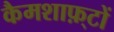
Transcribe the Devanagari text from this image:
कैमशाफ़्टों